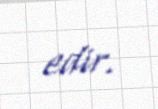
edir.